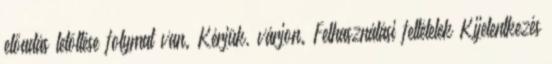
előadás letöltése folymat van. Kérjük, várjon. Felhasználási feltételek Kijelentkezés